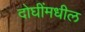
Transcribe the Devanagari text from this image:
दोघींमधील